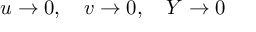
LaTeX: u \rightarrow 0 , \quad v \rightarrow 0 , \quad Y \rightarrow 0